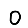
Digit: 0